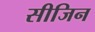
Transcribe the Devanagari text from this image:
सीजिन